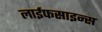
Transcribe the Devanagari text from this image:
लाईफसाइन्स